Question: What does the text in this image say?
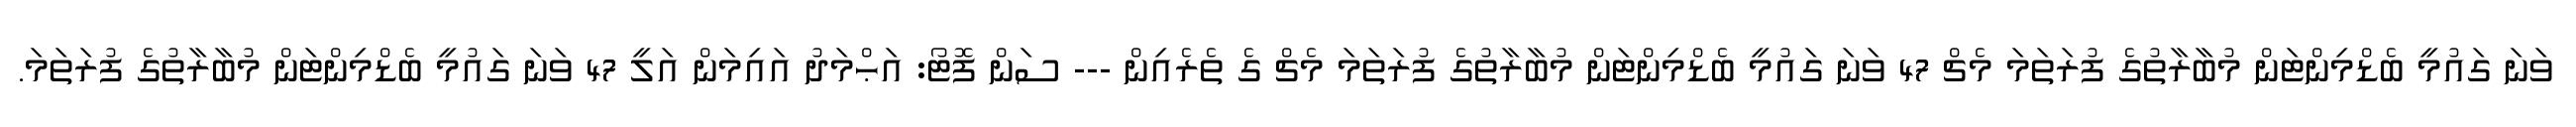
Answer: ވަނަ ގައުމީ ބެޑްމިންޓަން މުބާރާތުގެ ފުރަތަމަ މެޗް 47 ވަނަ ގައުމީ ބެޑްމިންޓަން މުބާރާތުގެ ފުރަތަމަ މެޗް ގެ ތެރެއިން --- ސަން ފޮޓޯ: އަޙްމަދު އައިމަން އަލީ 47 ވަނަ ގައުމީ ބެޑްމިންޓަން މުބާރާތުގެ ފުރަތަމަ.